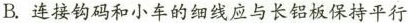
B.连接钩码和小车的细线应与长铝板保持平行